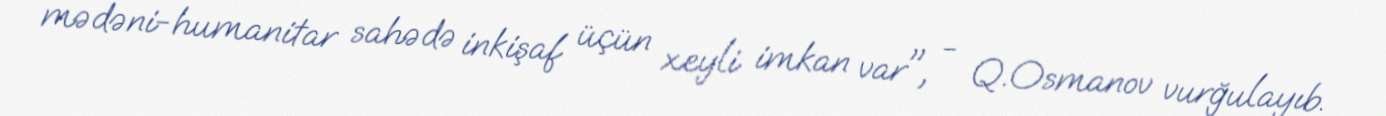
mədəni-humanitar sahədə inkişaf üçün xeyli imkan var", - Q.Osmanov vurğulayıb.